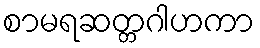
စာမရဆတ္တဂါဟကာ